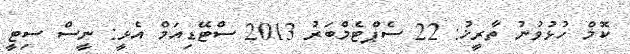
ކޮމް ހުޅުވުނު ތާރީޚު: 22 ސެޕްޓެމްބަރު 2013 ސްޓޭޑިއަމް އެޅީ: ނީސް ސިޓީ